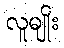
လူမျိုး